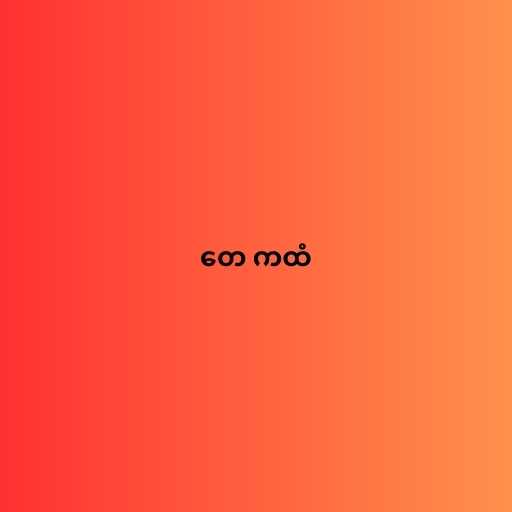
တေ ကထံ